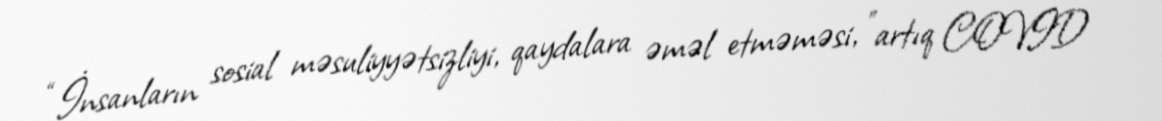
“İnsanların sosial məsuliyyətsizliyi, qaydalara əməl etməməsi, "artıq COVID